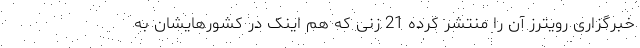
خبرگزاری رویترز آن را منتشر کرده 21 زنی که هم اینک در کشورهایشان به